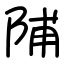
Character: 陠